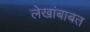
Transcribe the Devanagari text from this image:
लेखांबाबत